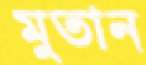
মুতান